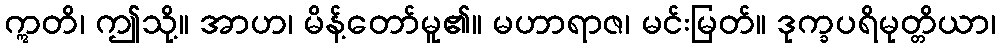
ဣတိ၊ ဤသို့။ အာဟ၊ မိန့်တော်မူ၏။ မဟာရာဇ၊ မင်းမြတ်။ ဒုက္ခပရိမုတ္တိယာ၊